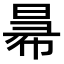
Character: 𢑢